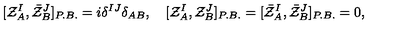
[ { \cal Z } _ { A } ^ { I } , \bar { \cal Z } _ { B } ^ { J } ] _ { P . B . } = i \delta ^ { I J } \delta _ { A B } , \quad [ { \cal Z } _ { A } ^ { I } , { \cal Z } _ { B } ^ { J } ] _ { P . B . } = [ \bar { \cal Z } _ { A } ^ { I } , \bar { \cal Z } _ { B } ^ { J } ] _ { P . B . } = 0 ,